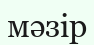
мәзір